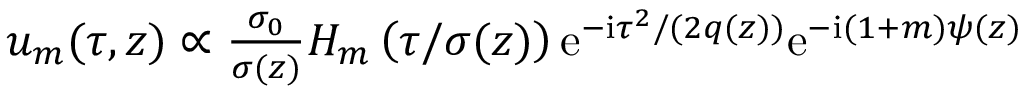
\begin{array} { r } { u _ { m } ( \tau , z ) \propto \frac { \sigma _ { 0 } } { \sigma ( z ) } H _ { m } \left( \tau / \sigma ( z ) \right) \mathrm { e } ^ { - \mathrm { i } \tau ^ { 2 } / ( 2 q ( z ) ) } \mathrm { e } ^ { - \mathrm { i } ( 1 + m ) \psi ( z ) } } \end{array}